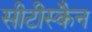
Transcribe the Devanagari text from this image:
सीटीस्कैन